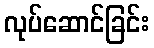
လုပ်ဆောင်ခြင်း